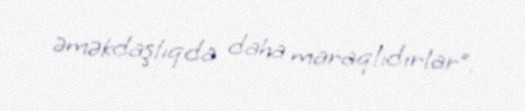
əməkdaşlıqda daha maraqlıdırlar”.